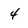
Character: 4